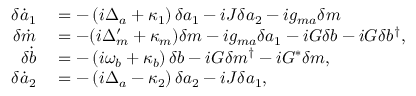
\begin{array} { r l } { \delta \dot { a } _ { 1 } } & { { } = - \left( i \Delta _ { a } + \kappa _ { 1 } \right) \delta a _ { 1 } - i J \delta a _ { 2 } - i g _ { m a } \delta m } \\ { \delta \dot { m } } & { { } = - ( i \Delta _ { m } ^ { \prime } + \kappa _ { m } ) \delta m - i g _ { m a } \delta a _ { 1 } - i G \delta b - i G \delta b ^ { \dagger } , } \\ { \delta \dot { b } } & { { } = - \left( i \omega _ { b } + \kappa _ { b } \right) \delta b - i G \delta m ^ { \dagger } - i G ^ { * } \delta m , } \\ { \delta \dot { a } _ { 2 } } & { { } = - \left( i \Delta _ { a } - \kappa _ { 2 } \right) \delta a _ { 2 } - i J \delta a _ { 1 } , } \end{array}